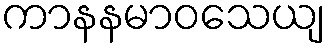
ကာနနမာဝသေယျ